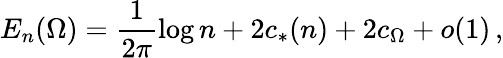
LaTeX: E_{n}(\Omega)=\frac{1}{2\pi}\log n+2c_{*}(n)+2c_{\Omega}+o(1)\, ,